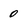
Character: 0